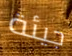
جيئة